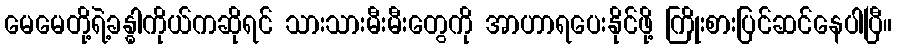
မေမေတို့ရဲ့ခန္ဓါကိုယ်ကဆိုရင် သားသားမီးမီးတွေကို အာဟာရပေးနိုင်ဖို့ ကြိုးစားပြင်ဆင်နေပါပြီ။